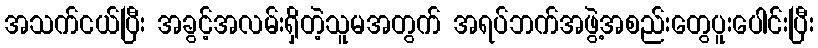
အသက်ငယ်ပြီး အခွင့်အလမ်းရှိတဲ့သူမအတွက် အရပ်ဘက်အဖွဲ့အစည်းတွေပူးပေါင်းပြီး